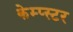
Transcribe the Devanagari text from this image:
केम्प्स्टर